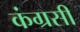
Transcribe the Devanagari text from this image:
कंग्रसी